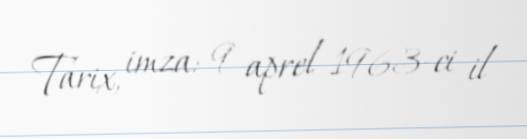
Tarix, imza: 9 aprel 1963-ci il